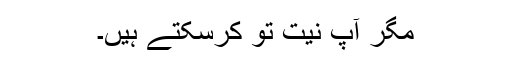
مگر آپ نیت تو کرسکتے ہیں۔